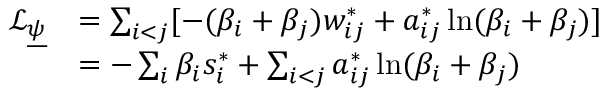
\begin{array} { r l } { \mathcal { L } _ { \underline { { \psi } } } } & { = \sum _ { i < j } [ - ( \beta _ { i } + \beta _ { j } ) w _ { i j } ^ { * } + a _ { i j } ^ { * } \ln ( \beta _ { i } + \beta _ { j } ) ] } \\ & { = - \sum _ { i } \beta _ { i } s _ { i } ^ { * } + \sum _ { i < j } a _ { i j } ^ { * } \ln ( \beta _ { i } + \beta _ { j } ) } \end{array}